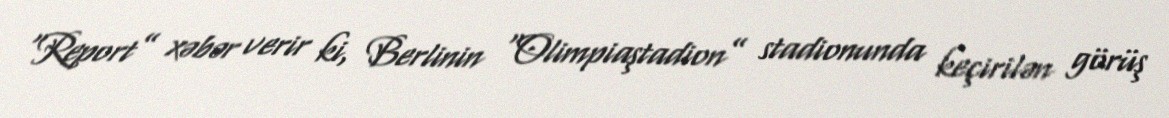
“Report” xəbər verir ki, Berlinin “Olimpiaştadion” stadionunda keçirilən görüş